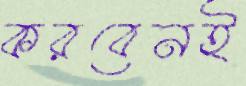
করবেনই